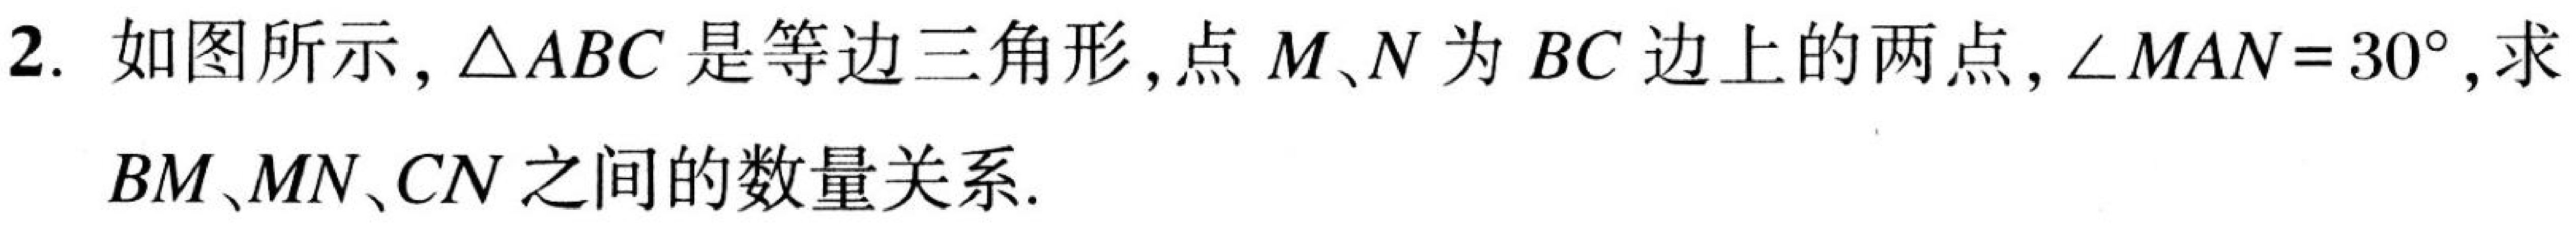
2. 如图所示，\(\triangle ABC\)是等边三角形，点\(M\)、\(N\)为\(BC\)边上的两点，\(\angle MAN = 30^{\circ}\)，求\(BM\)、\(MN\)、\(CN\)之间的数量关系.